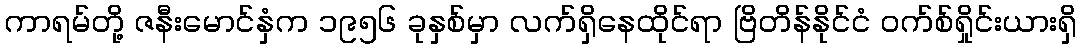
ကာရမ်တို့ ဇနီးမောင်နှံက ၁၉၅၆ ခုနှစ်မှာ လက်ရှိနေထိုင်ရာ ဗြိတိန်နိုင်ငံ ဝက်စ်ရှိုင်းယားရှိ